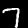
Label: 7